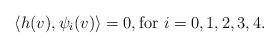
LaTeX: \begin{align*}\langle h(v),\psi_{i}(v)\rangle=0, \mbox{for $i=0,1,2,3,4$}.\end{align*}